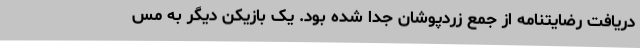
دریافت رضایتنامه از جمع زردپوشان جدا شده بود. یک بازیکن دیگر به مس